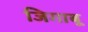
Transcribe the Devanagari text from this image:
जिगाबू